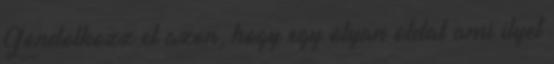
Gondolkozz el azon, hogy egy olyan oldal ami ilyet